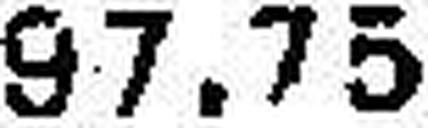
97.75